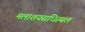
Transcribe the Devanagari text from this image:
मलाशयसधिस्थल